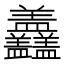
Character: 𥃣